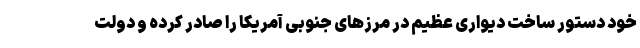
خود دستور ساخت دیواری عظیم در مرزهای جنوبی آمریکا را صادر کرده و دولت